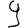
Digit: 9